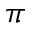
\pi